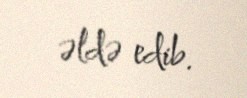
əldə edib.